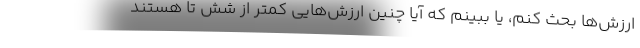
ارزش‌ها بحث کنم، یا ببینم که آیا چنین ارزش‌هایی کمتر از شش تا هستند